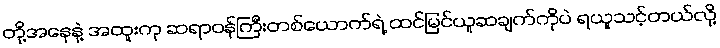
တို့အနေနဲ့ အထူးကု ဆရာဝန်ကြီးတစ်ယောက်ရဲ့ ထင်မြင်ယူဆချက်ကိုပဲ ရယူသင့်တယ်လို့